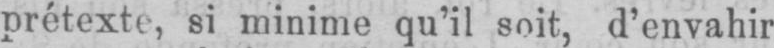
prétexte, si minime qu’il soit, d’envahir